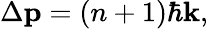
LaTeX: \Delta\mathbf{p}=\left(n+1\right)\hbar\mathbf{k},